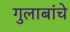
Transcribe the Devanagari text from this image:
गुलाबांचे